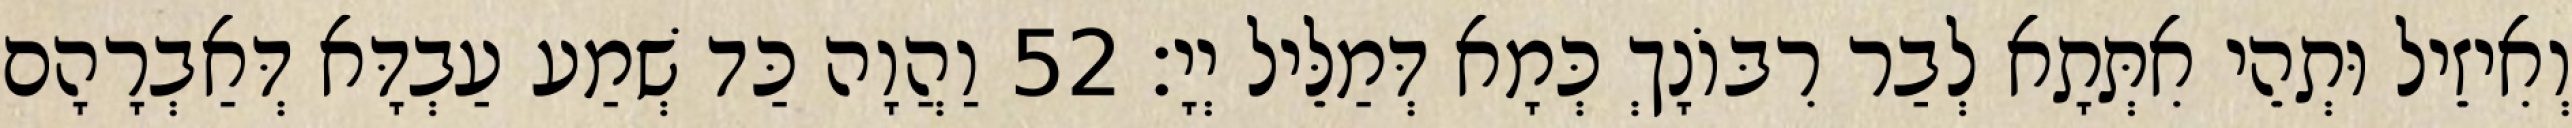
וְאִיזֵיל וּתְהֵי אִתְּתָא לְבַר רִבּוֹנָךְ כְּמָא דְּמַלֵּיל יְיָ׃ 52 וַהֲוָה כַּד שְׁמַע עַבְדָּא דְּאַבְרָהָם